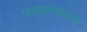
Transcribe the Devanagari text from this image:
जनवाग्व्यापार